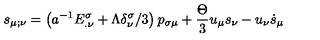
s _ { \mu ; \nu } = \left( a ^ { - 1 } E _ { . \nu } ^ { \sigma } + \Lambda \delta _ { \nu } ^ { \sigma } / 3 \right) p _ { \sigma \mu } + \frac { \Theta } { 3 } u _ { \mu } s _ { \nu } - u _ { \nu } \dot { s } _ { \mu }